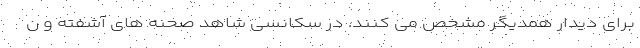
برای دیدار همدیگر مشخص می کنند. در سکانسی شاهد صحنه های آشفته و ن